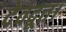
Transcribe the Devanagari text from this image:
देवदूत।